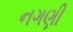
નગણી